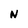
Character: N